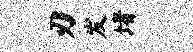
刃发堵